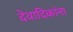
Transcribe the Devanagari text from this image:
देवादिकांना